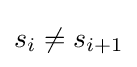
s_{i}\neq s_{i+1}